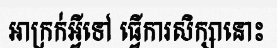
អាក្រក់អ្វីទៅ ធ្វើការសិក្សានោះ